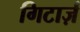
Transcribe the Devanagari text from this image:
गिटार्ज़